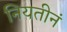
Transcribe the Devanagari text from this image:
नियतीनं